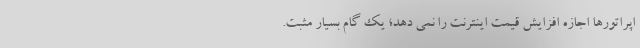
اپراتورها اجازه افزایش قیمت اینترنت را نمی دهد؛ یک گام بسیار مثبت.